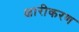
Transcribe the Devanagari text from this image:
क्षारीकरण